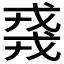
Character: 𫻸